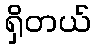
ရှိတယ်